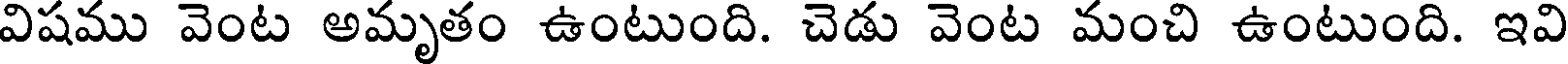
విషము వెంట అమృతం ఉంటుంది. చెడు వెంట మంచి ఉంటుంది. ఇవి